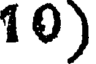
10)